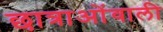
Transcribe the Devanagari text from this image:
छात्राओंवाली